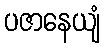
ပဇာနေယျံ